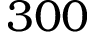
3 0 0